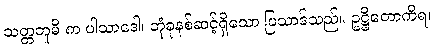
သတ္တဘူမိ က ပါသာဒေါ၊ ဘုံခုနစ်ဆင့်ရှိသော ပြသာဒ်သည်။ ဥဋ္ဌိတောကိရ၊